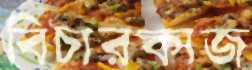
বিচারকাজ